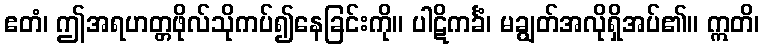
ဧတံ၊ ဤအရဟတ္တဖိုလ်သိုကပ်၍နေခြင်းကို။ ပါဋိကင်္ခံ၊ မချွတ်အလိုရှိအပ်၏။ ဣတိ၊